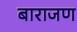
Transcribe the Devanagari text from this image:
बाराजण